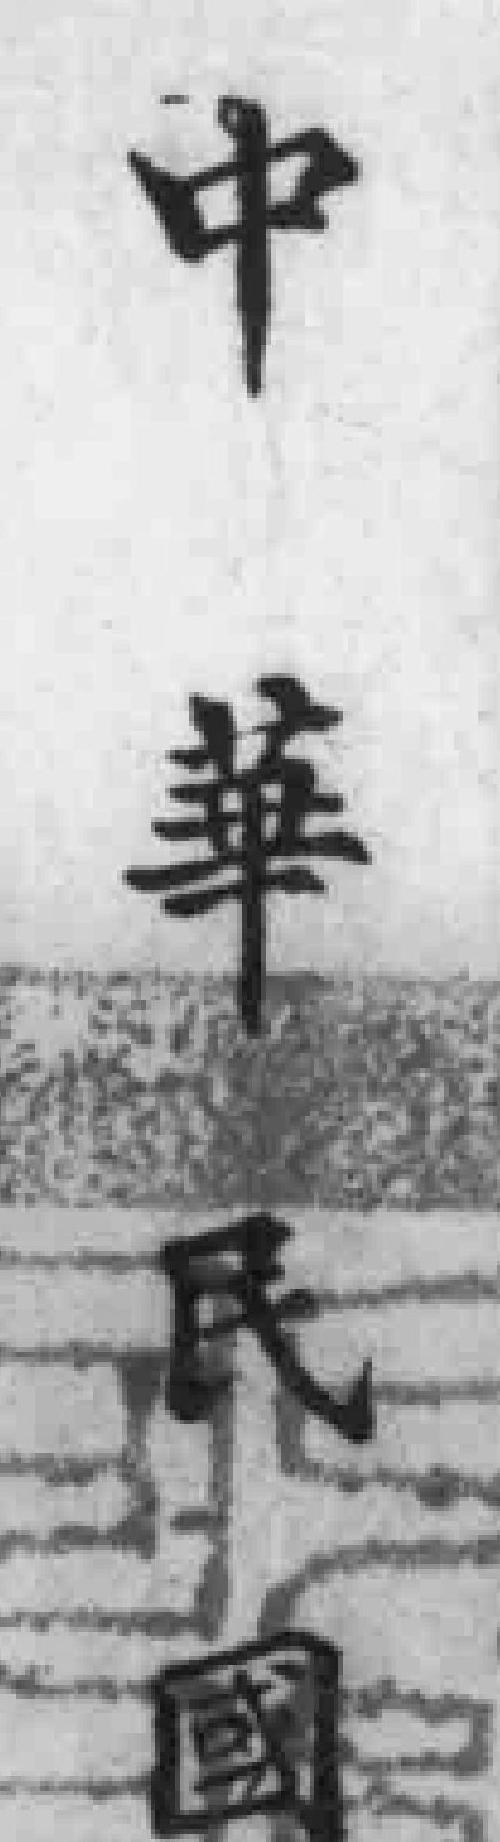
中華民國